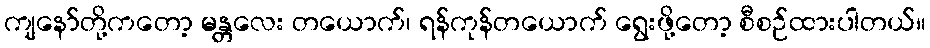
ကျနော်တို့ကတော့ မန္တလေး တယောက်၊ ရန်ကုန်တယောက် ရွေးဖို့တော့ စီစဉ်ထားပါတယ်။